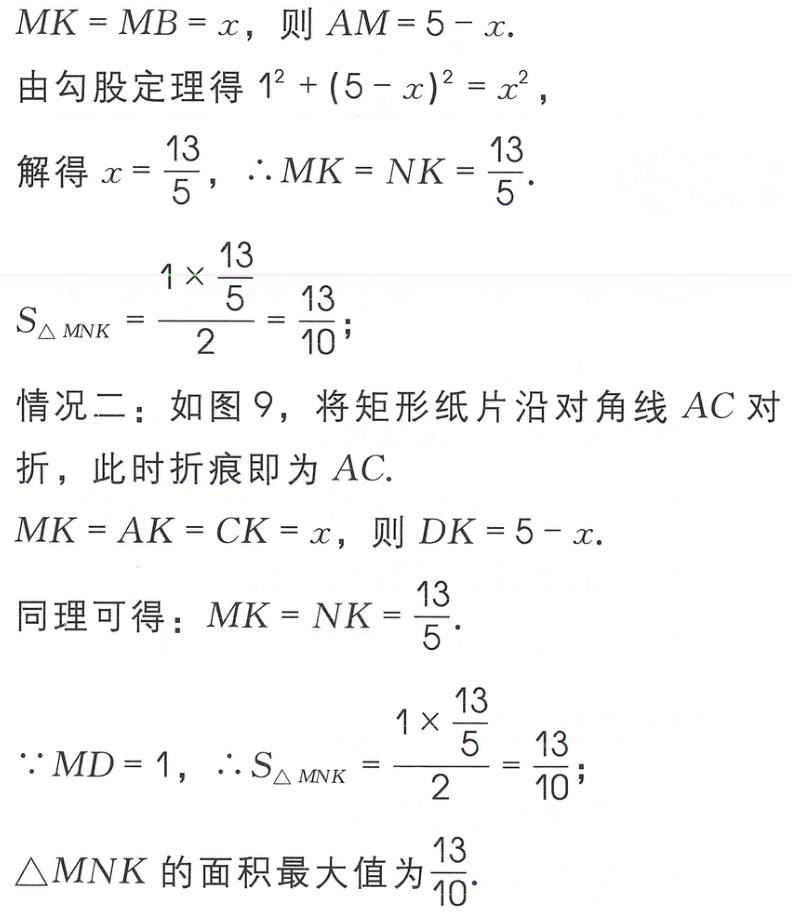
\[
\begin{align*}
&MK = MB = x，则AM = 5 - x.\\
&由勾股定理得1^{2}+(5 - x)^{2}=x^{2}，\\
&解得x = \frac{13}{5}，\therefore MK = NK = \frac{13}{5}.\\
&S_{\triangle MNK}=\frac{1\times\frac{13}{5}}{2}=\frac{13}{10}；\\
&情况二：如图9，将矩形纸片沿对角线AC对折，此时折痕即为AC.\\
&MK = AK = CK = x，则DK = 5 - x.\\
&同理可得：MK = NK = \frac{13}{5}.\\
&\because MD = 1，\therefore S_{\triangle MNK}=\frac{1\times\frac{13}{5}}{2}=\frac{13}{10}；\\
&\triangle MNK的面积最大值为\frac{13}{10}.
\end{align*}
\]